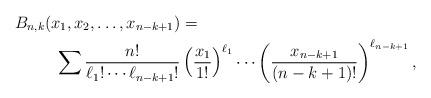
LaTeX: \begin{align*} B_{n,k}(x_1,x_2,\ldots,x_{n-k+1}) &= \\ \sum \frac{n!}{\ell_1!\cdots \ell_{n-k+1}!}&\left(\frac{x_1}{1!}\right)^{\ell_1}\cdots\left(\frac{x_{n-k+1}}{(n-k+1)!}\right)^{\ell_{n-k+1}}, \end{align*}